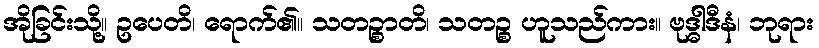
အိုခြင်းသို့။ ဥပေတိ၊ ရောက်၏။ သတဉ္စာတိ၊ သတဉ္စ ဟူသည်ကား။ ဗုဒ္ဓါဒီနံ၊ ဘုရား